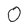
Character: O